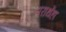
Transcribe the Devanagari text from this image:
पराथेंहा